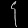
Digit: ၄